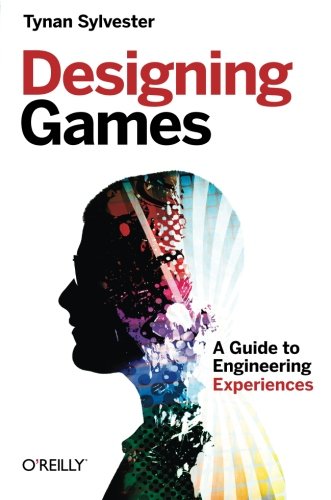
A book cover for Designing Games: A Guide to Engineering Experiences; Tynan Sylvester; Computers & Technology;